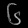
Digit: ၆